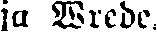
ja Wrede.